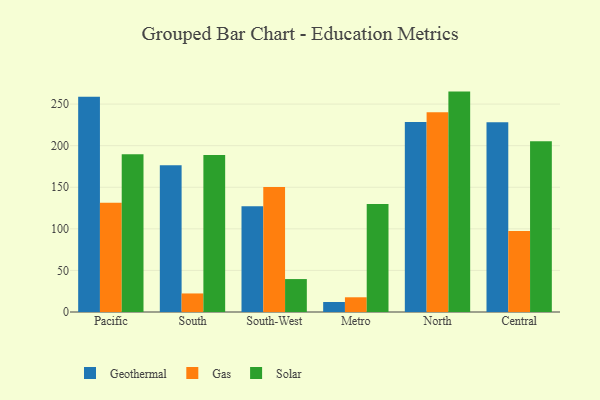
{"axis": {"x": "Region", "y": "Bounce Rate (%)"}, "legend": ["Gas", "Geothermal", "Solar"], "data": [{"x": "Pacific", "y": 258.7, "type": "Geothermal"}, {"x": "Pacific", "y": 131.3, "type": "Gas"}, {"x": "Pacific", "y": 189.8, "type": "Solar"}, {"x": "South", "y": 176.4, "type": "Geothermal"}, {"x": "South", "y": 22.3, "type": "Gas"}, {"x": "South", "y": 188.9, "type": "Solar"}, {"x": "South-West", "y": 127.2, "type": "Geothermal"}, {"x": "South-West", "y": 150.4, "type": "Gas"}, {"x": "South-West", "y": 39.6, "type": "Solar"}, {"x": "Metro", "y": 12.0, "type": "Geothermal"}, {"x": "Metro", "y": 17.7, "type": "Gas"}, {"x": "Metro", "y": 130.0, "type": "Solar"}, {"x": "North", "y": 228.5, "type": "Geothermal"}, {"x": "North", "y": 240.3, "type": "Gas"}, {"x": "North", "y": 265.0, "type": "Solar"}, {"x": "Central", "y": 228.1, "type": "Geothermal"}, {"x": "Central", "y": 97.3, "type": "Gas"}, {"x": "Central", "y": 205.4, "type": "Solar"}]}